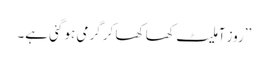
’’روز آملیٹ کھا کھا کر گرمی ہو گئی ہے۔